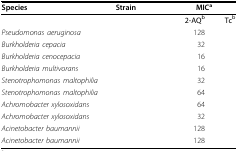
<table><thead><tr><td><b>Species</b></td><td><b>Strain</b></td><td colspan="2"><b>MIC<sup>a</sup></b></td></tr><tr><td>[EMPTY_CELL]</td><td>[EMPTY_CELL]</td><td><b>2-AQ<sup>b</sup></b></td><td><b>Tc<sup>b</sup></b></td></tr></thead><tbody><tr><td><i>Pseudomonas aeruginosa</i></td><td>[EMPTY_CELL]</td><td>128</td><td>[EMPTY_CELL]</td></tr><tr><td><i>Burkholderia cepacia</i></td><td>[EMPTY_CELL]</td><td>32</td><td>[EMPTY_CELL]</td></tr><tr><td><i>Burkholderia cenocepacia</i></td><td>[EMPTY_CELL]</td><td>16</td><td>[EMPTY_CELL]</td></tr><tr><td><i>Burkholderia multivorans</i></td><td>[EMPTY_CELL]</td><td>16</td><td>[EMPTY_CELL]</td></tr><tr><td><i>Stenotrophomonas maltophilia</i></td><td>[EMPTY_CELL]</td><td>32</td><td>[EMPTY_CELL]</td></tr><tr><td><i>Stenotrophomonas maltophilia</i></td><td>[EMPTY_CELL]</td><td>64</td><td>[EMPTY_CELL]</td></tr><tr><td><i>Achromobacter xylosoxidans</i></td><td>[EMPTY_CELL]</td><td>64</td><td>[EMPTY_CELL]</td></tr><tr><td><i>Achromobacter xylosoxidans</i></td><td>[EMPTY_CELL]</td><td>32</td><td>[EMPTY_CELL]</td></tr><tr><td><i>Acinetobacter baumannii</i></td><td>[EMPTY_CELL]</td><td>128</td><td>[EMPTY_CELL]</td></tr><tr><td><i>Acinetobacter baumannii</i></td><td>[EMPTY_CELL]</td><td>128</td><td>[EMPTY_CELL]</td></tr></tbody></table>